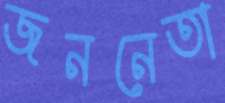
জননেতা